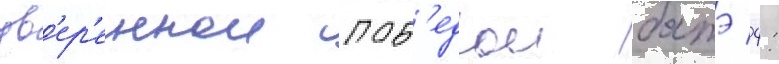
ув'ер'еннои поб'едои батэ 4: